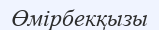
Өмірбекқызы